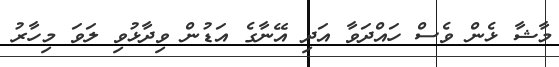
މާޝާ ޅެން ވެސް ހައްދަވާ އަދި އޭނާގެ އަޑުން ވިދާޅުވި ލަވަ މިހާރު